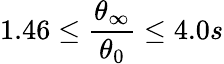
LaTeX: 1.46\le\frac{\theta_{\infty}}{\theta_{0}}\le 4.0s